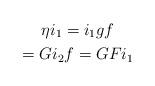
LaTeX: \begin{gather*}\eta i_1 = i_1 g f \\= G i_2 f = GF i_1\end{gather*}